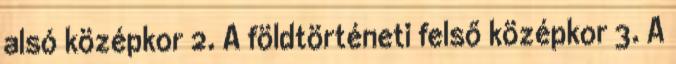
alsó középkor 2. A földtörténeti felső középkor 3. A